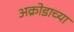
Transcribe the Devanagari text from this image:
अक्रोडाच्या